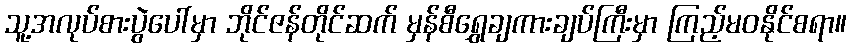
သူ့အလုပ်စားပွဲပေါ်မှာ ဘိုင်ဇန်တိုင်ဆက် မှန်စီရွှေချကားချပ်ကြီးမှာ ကြည့်မဝနိုင်စရာ။